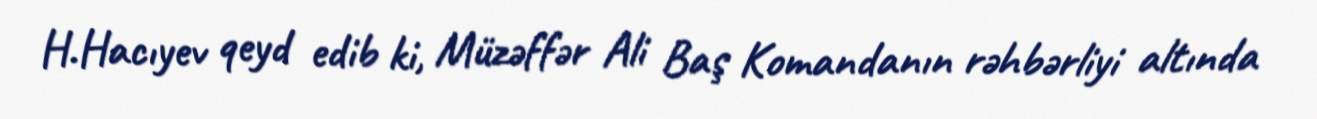
H.Hacıyev qeyd edib ki, Müzəffər Ali Baş Komandanın rəhbərliyi altında